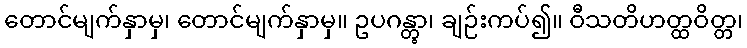
တောင်မျက်နှာမှ၊ တောင်မျက်နှာမှ။ ဥပဂန္တွာ၊ ချဉ်းကပ်၍။ ဝီသတိဟတ္ထဝိတ္တ၊